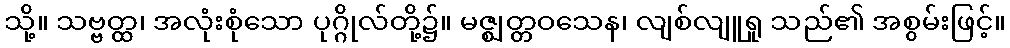
သို့။ သဗ္ဗတ္ထ၊ အလုံးစုံသော ပုဂ္ဂိုလ်တို့၌။ မဇ္ဈတ္တဝသေန၊ လျစ်လျူရှု သည်၏ အစွမ်းဖြင့်။